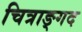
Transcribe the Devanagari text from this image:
चित्राङ्गद